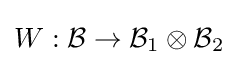
W:{\mathcal {B}}\to {\mathcal {B}}_{1}\otimes {\mathcal {B}}_{2}